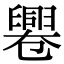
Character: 𠨩